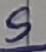
Text: S